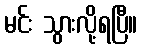
မင်း သွားလို့ရပြီ။